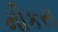
મીકસ